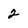
Character: 2